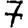
Digit: 7